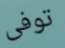
توفى